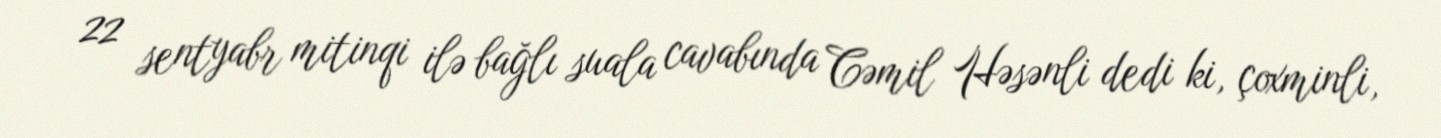
22 sentyabr mitinqi ilə bağlı suala cavabında Cəmil Həsənli dedi ki, çoxminli,